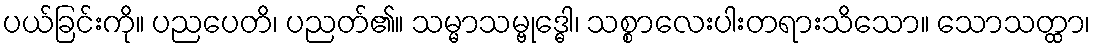
ပယ်ခြင်းကို။ ပညပေတိ၊ ပညတ်၏။ သမ္မာသမ္ဗုဒ္ဓေါ၊ သစ္စာလေးပါးတရားသိသော။ သောသတ္ထာ၊